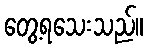
တွေ့ရသေးသည်။